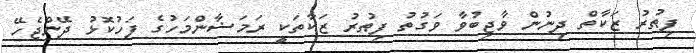
ފިޠުރު ޒަކާތް ދިނުން ވާޖިބުވާ ވަގުތު ފިޠުރު ޒަކާތަކީ ރަމަޟާންމަހުގެ ފަހުކޮޅު ދޭންޖެހޭ